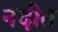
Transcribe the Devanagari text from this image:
नदींत